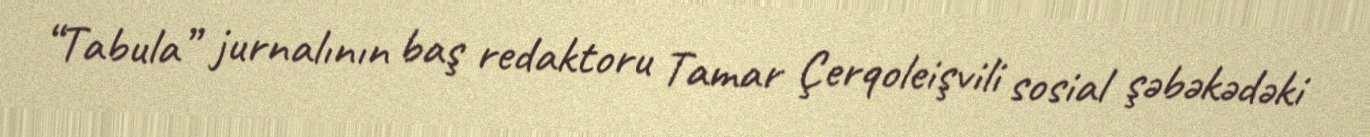
“Tabula” jurnalının baş redaktoru Tamar Çerqoleişvili sosial şəbəkədəki